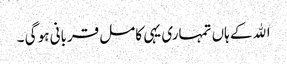
اﷲ کے ہاں تمہاری یہی کامل قربانی ہو گی ۔